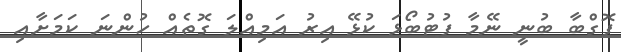
ޕޮގްބާ ބުނީ ނޭމާ ފުޓުބޯޅަ ކުޅޭ އިރު އަމިއްލަ ގޮތެއް ހުންނަ ކަމަށާއި